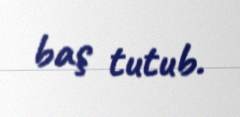
baş tutub.